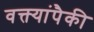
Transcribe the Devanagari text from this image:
वक्त्यांपैकी